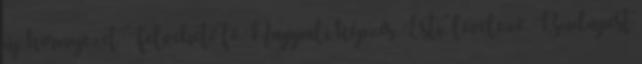
új környezet Felvehető fő Nappali képzés. Esti, levelező. Budapest